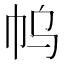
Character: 𰏓